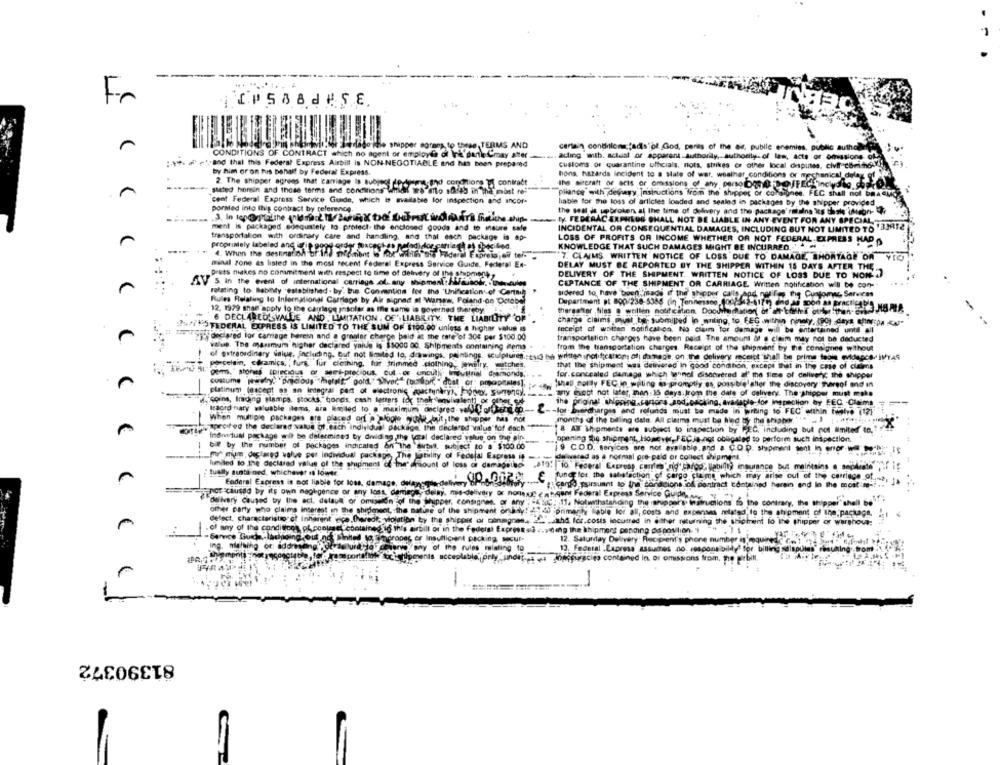
Fr
iCPSBadISE
Foodcere Bri ahfortalt tor Serdado the shipper moraes to these TERMS AND
CONDITIONS OF CONTRACT shich no agent or employee of Ire darleCmay after
certain conditions adis of God, peries of the air, pubile enemies, public authal
adling with. actual or apparent Authority, authority. of law, acts or omissions of
:- 1. #ad that this Federal Express Airbill is NON-NEGOTIABLE and has been prepared
customs or quarantine officials, nols, strikes or other local disputes. civff cbring Y!
disputes. civil c
by him or on his behalf by Federal Express.
tons, hazards incident to a state of war, weather conditions or mechanical delax ef od
2. The shipper agrees that carriage Is subject dodgers tho condtions of contract
Ihs sieraft of seis or omissions of any, porso Domi-DOFEcitincollo cato
stated horsin and those terms and conditions Withdi wes atto afred in the most re""
cent Federal Express Service Guide, which is available for inspection and ancor-
pliance with deseyy, instructions from the shipper of consignes. FEC shall not beAMC
hable for the loss of articles loaded and sealed in packages by the shipper provided
porMed into Ihis contract by reference.
the seal is upbroken at the time of delivery and the package' raisins is thats"imcon-
ty FEDERACERPHEDS SHALL NOT BE LIABLE IN ANY EVENT FOR ANY SPECIAL-
ment is packaged .sonquately to protect- the enclosed goods and to insure sale
INCIDENTAL OR CONSEQUENTIAL DAMAGES, INCLUDING BUT NOT LIMITED TO 'BIRTE
transportalion with ordinary care and handling, and thal sach package is ap-
KNOWLEDGE THAT SUCH DAMAGES MIGHT BE INCURRED. " ~
LOSS OF PROFITS OR INCOME WHETHER OR NOT FEDERAL EXPRESS HAD
proprimely labeled and lerie goog csdor fuaceptes pelodidor conleth af poecibed.
4. When the destination br.ind moment . for winles nis Faderel Expreisjefl ters
7. CLAIMS WRITTEN NOTICE OF LOSS DUE TO DAMAGE, SHORTAGE OF YIG
minal zone as listed in the most recent Federal Express Service Guide, Federal Ex-
DELAY MUST BE REPORTED BY THE SHIPPER WITHIN 15 DAYS AFTER THE.
. press makes no commitment with respect to time of delivery of the shipment
.
DELIVERY OF THE SHIPMENT. WRITTEN NOTICE OF LOSS DUE TO NON
S in the event of international carriage ol. any shipment:fifainok, . @ecules
CEPTANCE OF THE SHIPMENT OR CARRIAGE Written notification will be con-
relating to Bability established . by" the Convention for the 'Unification of Certml
sidered to have been made of the' shipper calls and notify the Customer Services
Rules Relating to International Carriage by Air signad of Warsaw, Poland.on October
Department pt 800/238-5385 (in Tennessee, (00/543-6170) did as soon as BACTERIE NO.LA
12, 1979 man apply to the carriage pintar as the same is governed thereby +
6 DECLAREOSVALUE AND . LIMITATION . OF'. LIABR ITY: THE LIABILITY OF
charge claims must be submitted in writing, to FEC .within ninety, (90) days ahora KJ
Sufit FEDERAL EXPRESS IS LIMITED TO THE SUM OF $100.00 unless a higher value is
Inceipt of written notification. No claim for damage will be entertained until all
j'declared lor carriage herein and a greller charge beid at the rate of 30€ per $100.00
transportation charges have been paid The amount & e claim may not be deducted
C
valuep. The massmum higher declared yaque is $5000 00. Shipments containing como
from the transportation charges. Receipt of the shipment by the consignee without
of extraordinary value, including, But not Bosted to, drawings, paintings, sculptures. eso the written notifications of dommage, on the delivery mceret"shall be prime table midapca, IlYAS
porcelain, ceramics, , furs, lur clothing, fur trimmed clothing, jewelry, watches,
that the shipment was delivered In good condition, except that in the case of claims
."gens," stones (precious of set-precious, cut or uncutje, wieuttrial diamonds ,.
for.concealed damage which tahinol discovered al' the time of delivery; the shipper
shay molly FEC in waiting to-promptly es, possible'aller the discovery Thereof and in
platinum (escept os an integral part of electronic goactunkry), money, Sunancy ..
.miy fuegt not later, man :15 days from the date of delivery. The shipper must make
, coins, Inding slamps. stocks,"bonds, cash letters for thekvivalent) or other, ett
traord nary saluable ileys, are limited to a maximum declared- wellforferda-
2 -- los. Eiercharges and refunds must be made in writing to FCC within Twelve (12)
-
When multiple packages are placed off > >sloots giudi but the shipper Is not
months of the billing data. All claims must be hed by the shipber.""" .. ) ( .**....
watww specified the declared value of. each individual package the declared'value"for each
8 AIT Shipments are subject to inspection by PEC, including but not limited to.
Individual package will be determined by dividing the tozal declared yolue on the ain
"opening the shipment, However, FECJa,not obligated to perform such inspection
biff by the number of packages indicated on the 'dirbill, subject to a $100.00
19 C.O.D. sergices are not available.and a C.O.D. stypeent sont in error - --- is
--
mit mun, declared volve per individual package The latulity of Federal Express is
delwarad as a normal pre-paid or collect shipment.
limiled to the declared value of the shipment of the" amount of loss or damagelas
819: 10 Federal Express, cantes" nig" carod, labiltà insurance bus maintains a sophiato ,of if
" tually susta ned, whichever in lower
Federal Express is not liable for loss, damage, defense-den,CO -LER
E fung for the satisfaction of cargo clame which may arise oul of the carriage of ..... .
#: cargo -pairsuant to the bondcions of contract contained herein and lo the most m -!.
por caused by its own negligence or any loss, demaps, delay, mid-delivery or notleast elegant Federal Express Service Guide
delivery Caused by the act. dalaull or omission of the Shipper, consignes, or
TY - FALLS: 11. Notwithstanding the ithupper's walructions to the contrary, the shipper shell 66"
other party who claims interest in the shipment, the nature of the shipment ordy! "" d) primarily able lor all, costs and expenses related to the shipment of the package.
defect, characteristic of Inherent vice fareok violation by the shipper of conagnes, 2l _athd. for.costs incurred in either niturning the shipment lo the shipper of warghoua:
€
of any of the conditions på pontenet"contained id th's airbill of in the Federal Express sd .. atting the shipment pending disposition. 1 "" , 71
-Service Burje, lachiding out nos sinhel to amoropec er Insufficient packing, socur-
12. Saturday Delivery. Recipient's phone number i'mquinedc (!
ing. mataing of addressing
of the rules relating to
13. Federal Express assumes no responsibildy" for billing sdisputes" resulting .. trom
Jofiguracies contained in or omissions from, the pirbin.
-
-
1
81390372